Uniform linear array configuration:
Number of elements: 48
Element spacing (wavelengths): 0.75
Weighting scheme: kaiser
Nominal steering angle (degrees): -45
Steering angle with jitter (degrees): -44.929
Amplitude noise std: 0.05
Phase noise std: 0.05

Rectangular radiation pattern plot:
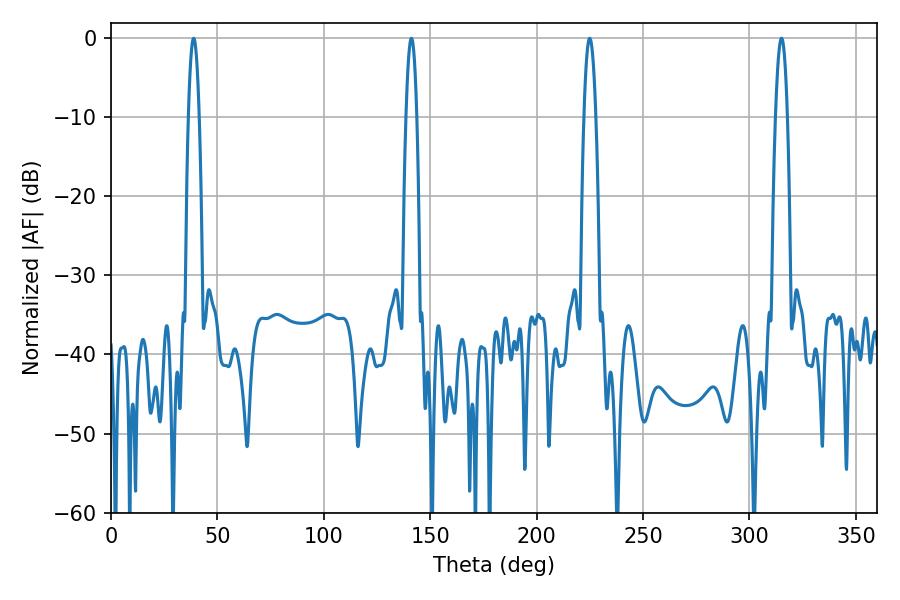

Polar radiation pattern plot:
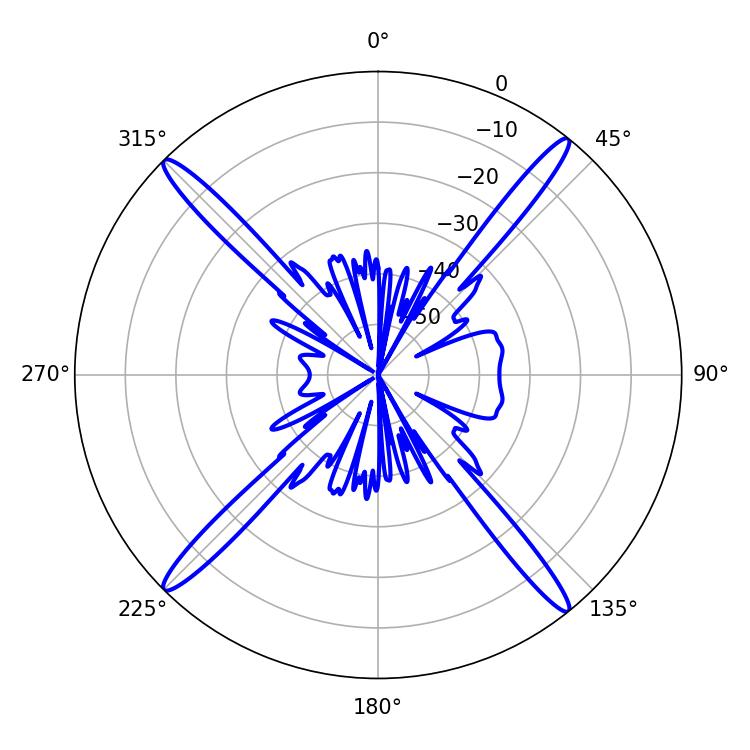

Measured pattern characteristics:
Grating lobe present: TRUE
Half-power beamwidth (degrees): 2.7
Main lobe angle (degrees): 38.88